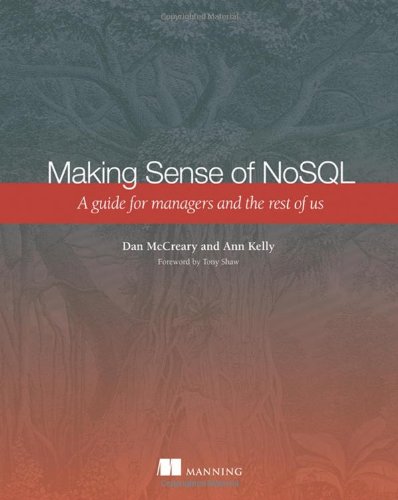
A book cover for Making Sense of NoSQL: A guide for managers and the rest of us; Dan McCreary; Computers & Technology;